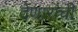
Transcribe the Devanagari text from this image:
देणारांची